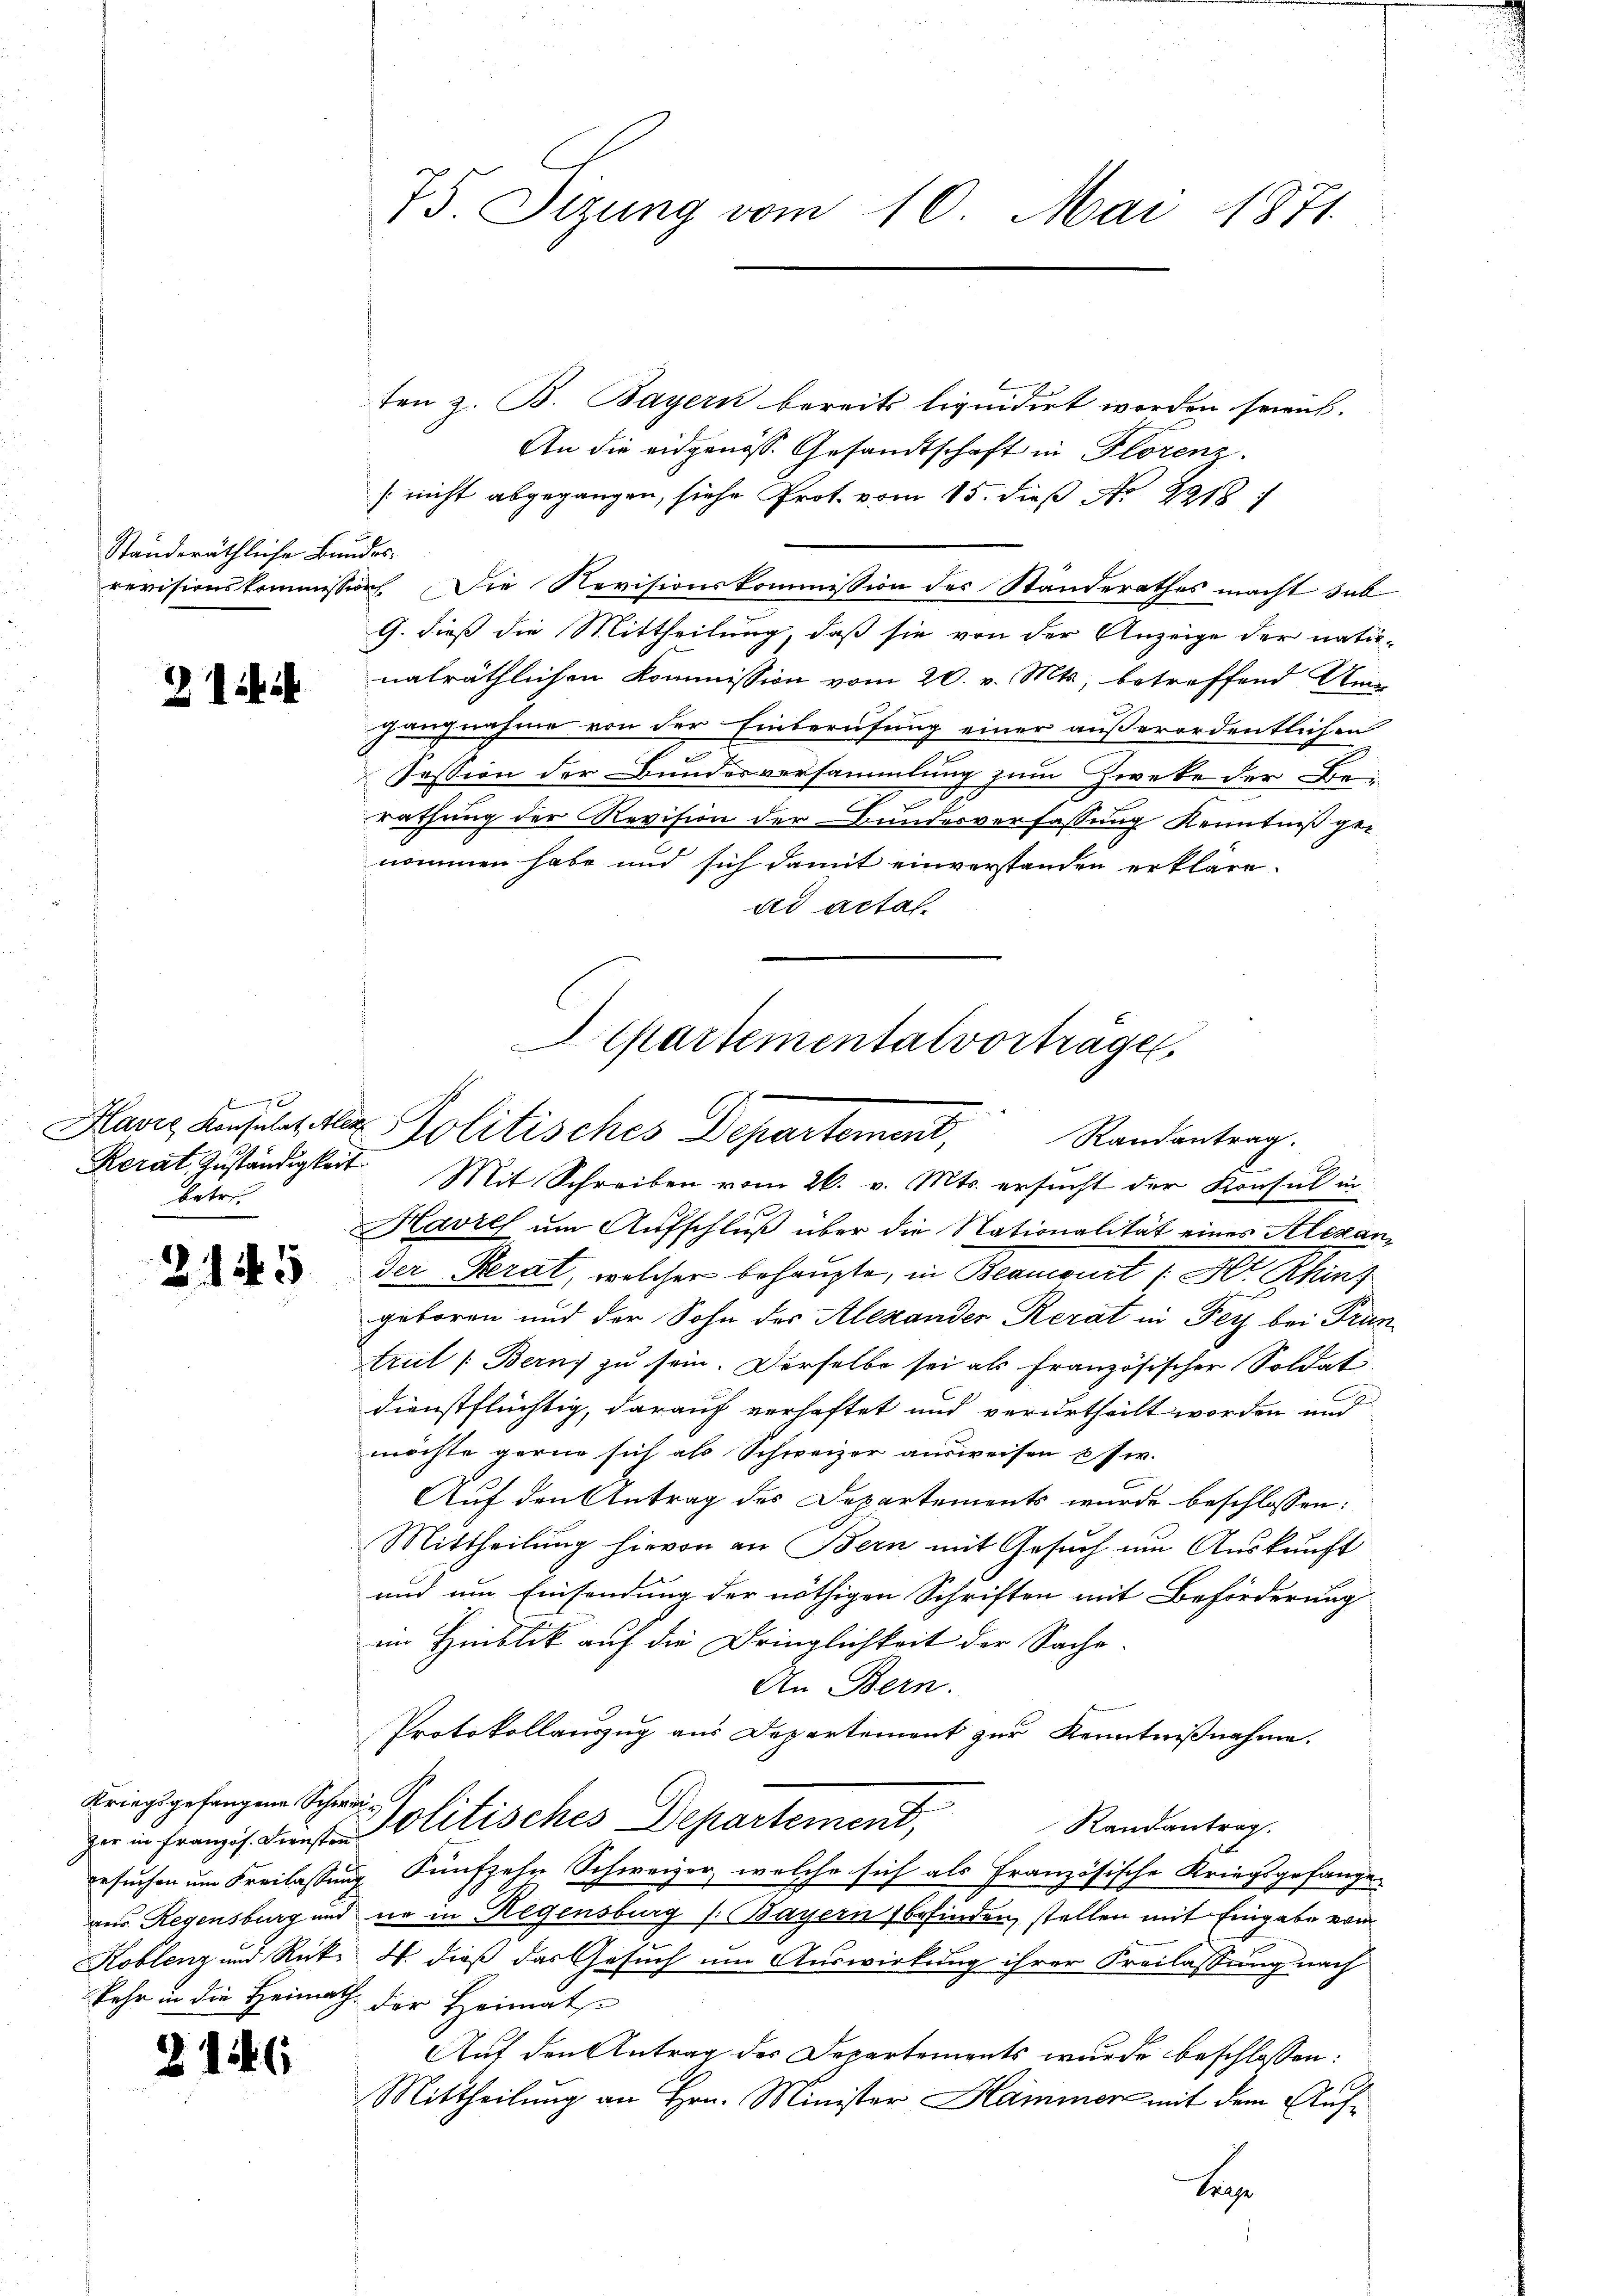
Ständeräthliche Bundes

2 ibi

7
Vetr.

2. 145

Kriegsgefangene Schw
besuchen um Freilassen
Koblenz und Rück¬

2

16

75. Sizung vom 10. Mai 1871.

ten z. B. Bayern bereits liquidirt worden seiick.
An die eidgenöss. Gesandtschaft in Florenz.
[nicht abgegangen, siehe Prot. vom 15. dieß No. 2918
revisionskommission. Die Revisionskommission des Standerathes macht sub
G. dieß die Mittheilung, daß sie von der Anzeige der natu-
nalräthlichen Kommission vom 20. v. Mts., betreffend Um
hangnahme von der Einberufung einer außerordentlichen
7
Fession der Bundesversammlung zum Zweke der Be¬

rathung der Revision der Bundesverfassung Kenntniß genommen habe und sich damit einverstanden erkläre.
ad actal
Havich um Aufschluß über die Nationalität eines Alexander Perat, welcher behaupte, in Beamonet (Hr. Rhinz
geboren und der Sohn der Alexander Rerat in Fey bei Truntrut (Bern zu sein. Derselbe sei als französischer Soldat
dienstflüchtig, darauf verhaftet und verurtheilt worden und
möchte gerne sich als Schweizer ausweisen usw.
Auf den Antrag des Departements wurde beschlossen:
Mittheilung hievon an Bern mit Gesuch um Auskunft
und um Einsendung der nöthigen Schriften mit Beförderung
im Hinblick auf die Dringlichkeit der Sache.
An Bern.
Protokollauszug aus Departement zur Kenntnißnahme.
d
Randantrag.
zer in Franz s. Leist solitisches Departement,
i Künfzehn Schweizer, welche sich als Französische Kriegsgefange
aus. Regensburg und no in Regensburg /: Bayern befinden, stellen mit Eingabe vom
W. dieß das Gesuch um Auswirkung ihrer Freilassung nach
fehr in die Heimath der Heimats
Auf den Antrag des Departements wurde beschlossen:
Mittheilung an Hrn. Minister Hammer mit dem Auf¬

Departemental vorträger
Havis Konsulat der Politisches Departement, Randantrag.
Rerat Zŭständigkeit. Mit Schreiben vom 26. v. Mts. ersucht der Konsul in